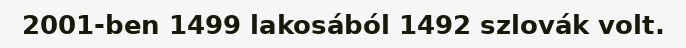
2001-ben 1499 lakosából 1492 szlovák volt.